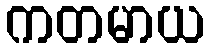
ကတမာယ